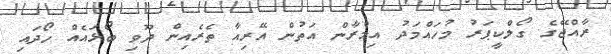
ރާއްޖޭގެ ގޯލްކީޕަރު މުހައްމަދު އިމްރާން އަތުން އޭރިއާ ތެރެއިން ދޫވި ބޯޅައެއް ހޯދައި